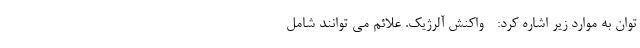
توان به موارد زیر اشاره کرد: - واکنش آلرژیک. علائم می توانند شامل